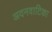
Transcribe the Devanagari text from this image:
अदनवाटिका